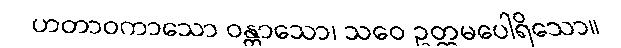
ဟတာဝကာသော ဝန္တာသော၊ သဝေ ဥတ္တမပေါရိသော။